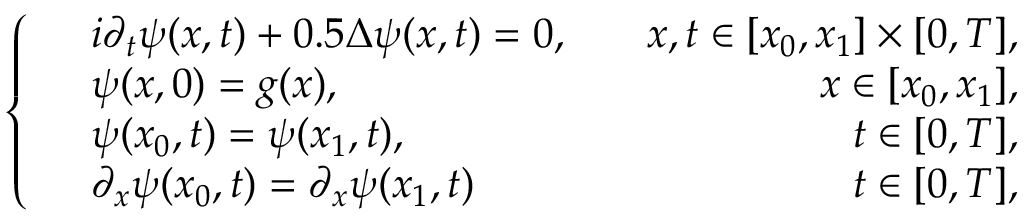
\left\{ \begin{array} { r l r } & { i \partial _ { t } \psi ( x , t ) + 0 . 5 \Delta \psi ( x , t ) = 0 , } & { \quad x , t \in [ x _ { 0 } , x _ { 1 } ] \times [ 0 , T ] , } \\ & { \psi ( x , 0 ) = g ( x ) , } & { \quad x \in [ x _ { 0 } , x _ { 1 } ] , } \\ & { \psi ( x _ { 0 } , t ) = \psi ( x _ { 1 } , t ) , } & { \quad t \in [ 0 , T ] , } \\ & { \partial _ { x } \psi ( x _ { 0 } , t ) = \partial _ { x } \psi ( x _ { 1 } , t ) } & { \quad t \in [ 0 , T ] , } \end{array} \right.